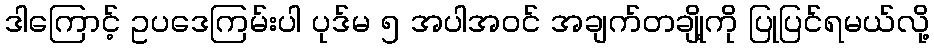
ဒါကြောင့် ဥပဒေကြမ်းပါ ပုဒ်မ ၅ အပါအဝင် အချက်တချို့ကို ပြုပြင်ရမယ်လို့